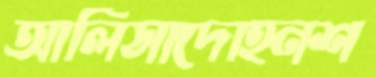
আলিসাদোহনশ